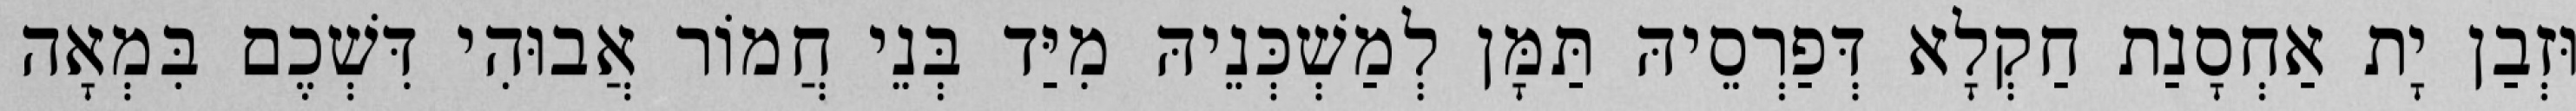
וּזְבַן יָת אַחְסָנַת חַקְלָא דְּפַרְסֵיהּ תַּמָּן לְמַשְׁכְּנֵיהּ מִיַּד בְּנֵי חֲמוֹר אֲבוּהִי דִּשְׁכֶם בִּמְאָה